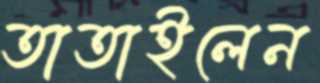
তাতাইলেন